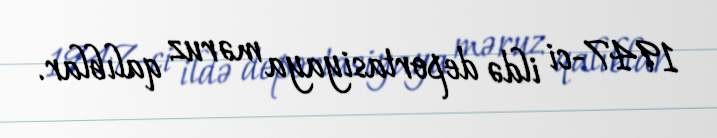
1947-ci ildə deportasiyaya məruz qalıblar.